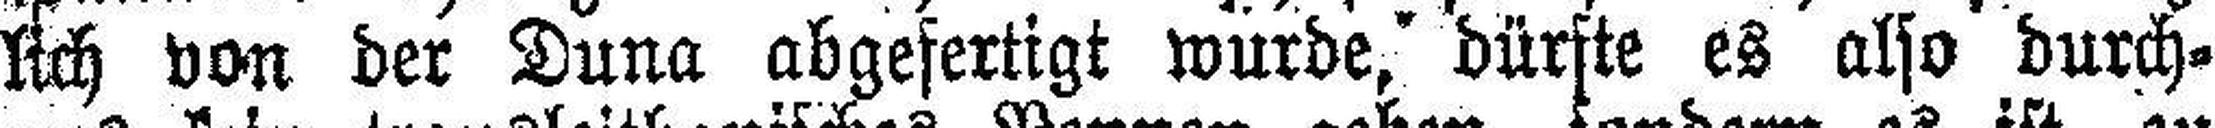
lich von der Duna abgefertigt wurde, dürfte es also durch¬